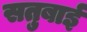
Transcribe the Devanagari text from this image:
सतुबाई